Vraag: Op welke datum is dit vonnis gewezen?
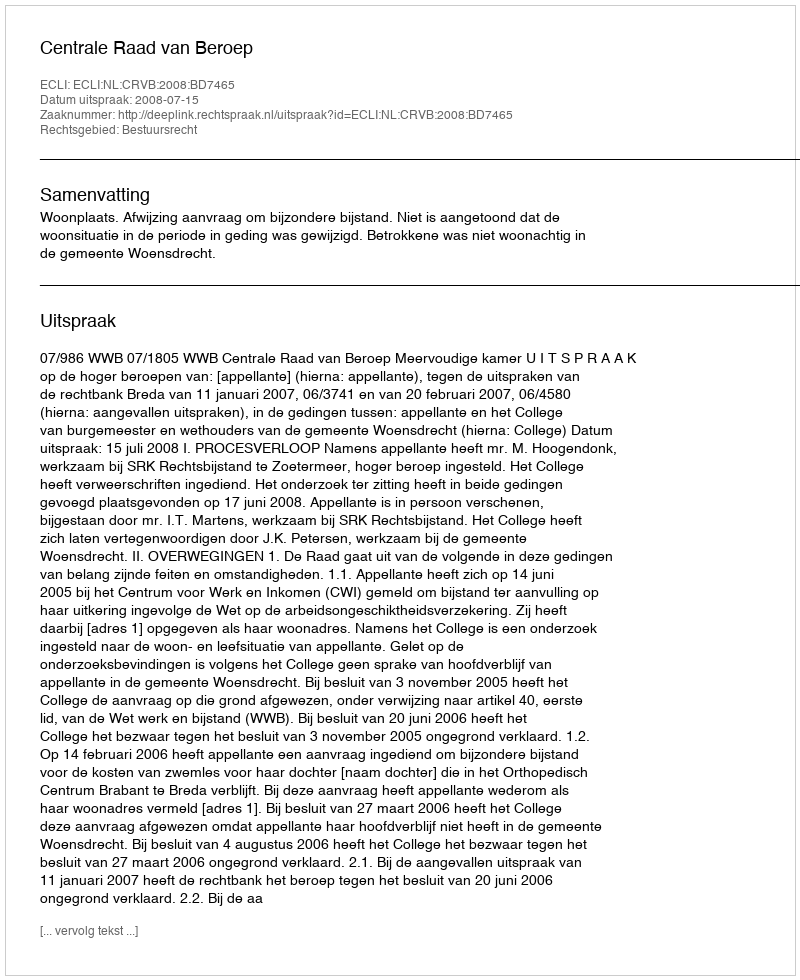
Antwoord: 2008-07-15